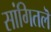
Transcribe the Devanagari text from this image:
सांगितलॆ